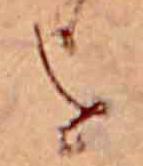
を